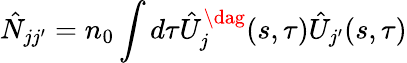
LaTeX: \hat{N}_{jj^{\prime}}=n_{0}\int d\tau\hat{U}_{j}^{\dag}(s,\tau)\hat{U}_{j^{\prime}}(s,\tau)